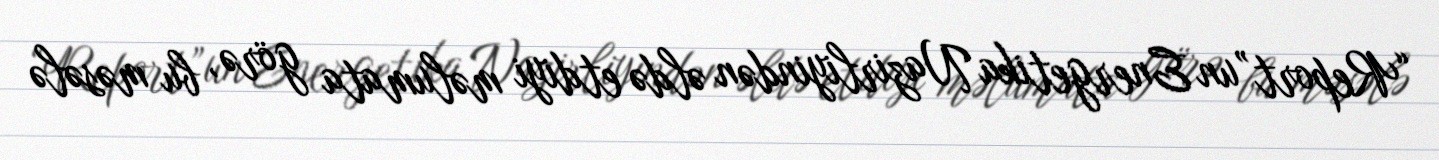
“Report”un Energetika Nazirliyindən əldə etdiyi məlumata görə, bu məsələ